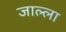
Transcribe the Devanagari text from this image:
जाल्ला